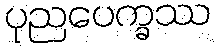
ပုညပေက္ခဿ